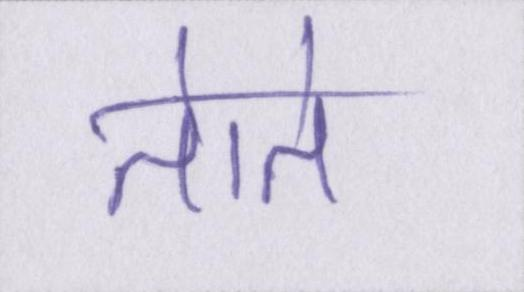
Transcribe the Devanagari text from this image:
तोते